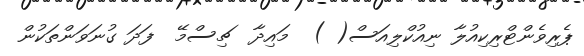
ޕެރިވެންޓްރިކިއުލާ ނިއުކްލިއަސް( )  މައިދާ  ޗިސްމޭ  ފަދަ ގުނަވަންތަކުން